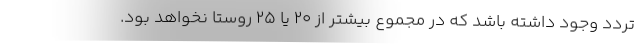
تردد وجود داشته باشد که در مجموع بیشتر از ۲۰ یا ۲۵ روستا نخواهد بود.